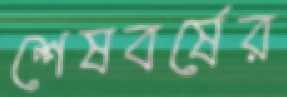
শেষবর্ষের